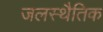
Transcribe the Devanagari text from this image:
जलस्थैतिक